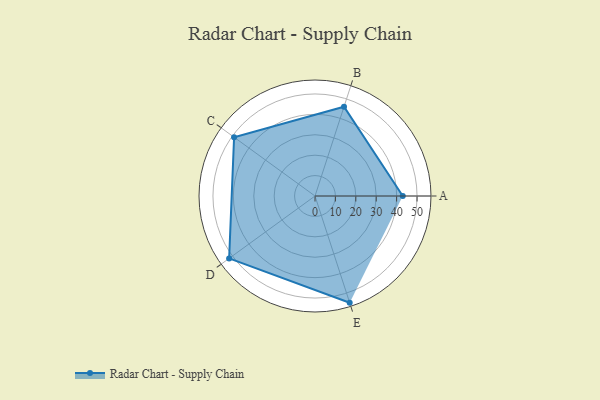
{"axis": {"x": "Skill", "y": "Score"}, "legend": ["Profile"], "data": [{"x": "A", "y": 43.0, "type": "Profile"}, {"x": "B", "y": 46.0, "type": "Profile"}, {"x": "C", "y": 49.0, "type": "Profile"}, {"x": "D", "y": 52.0, "type": "Profile"}, {"x": "E", "y": 55.0, "type": "Profile"}]}